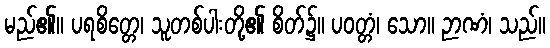
မည်၏။ ပရစိတ္တေ၊ သူတစ်ပါးတို့၏ စိတ်၌။ ပဝတ္တံ၊ သော။ ဉာဏံ၊ သည်။